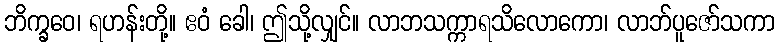
ဘိက္ခဝေ၊ ရဟန်းတို့။ ဧဝံ ခေါ၊ ဤသို့လျှင်။ လာဘသက္ကာရသိလောကော၊ လာဘ်ပူဇော်သကာ